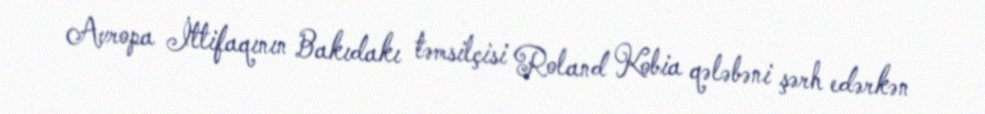
Avropa İttifaqının Bakıdakı təmsilçisi Roland Kobia qələbəni şərh edərkən